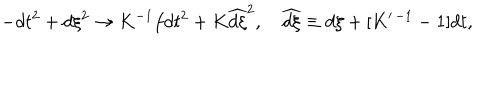
LaTeX: - d t ^ { 2 } + d \xi ^ { 2 } \to K ^ { - 1 } f d t ^ { 2 } + K \widehat { d \xi } ^ { 2 } , \widehat { d \xi } \equiv d \xi + [ K ^ { \prime \, - 1 } - 1 ] d t ,